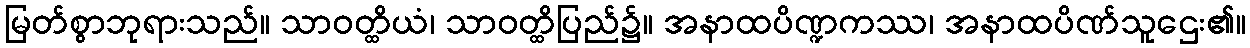
မြတ်စွာဘုရားသည်။ သာဝတ္ထိယံ၊ သာဝတ္ထိပြည်၌။ အနာထပိဏ္ဍကဿ၊ အနာထပိဏ်သူဌေး၏။